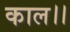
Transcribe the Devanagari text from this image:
काल।।